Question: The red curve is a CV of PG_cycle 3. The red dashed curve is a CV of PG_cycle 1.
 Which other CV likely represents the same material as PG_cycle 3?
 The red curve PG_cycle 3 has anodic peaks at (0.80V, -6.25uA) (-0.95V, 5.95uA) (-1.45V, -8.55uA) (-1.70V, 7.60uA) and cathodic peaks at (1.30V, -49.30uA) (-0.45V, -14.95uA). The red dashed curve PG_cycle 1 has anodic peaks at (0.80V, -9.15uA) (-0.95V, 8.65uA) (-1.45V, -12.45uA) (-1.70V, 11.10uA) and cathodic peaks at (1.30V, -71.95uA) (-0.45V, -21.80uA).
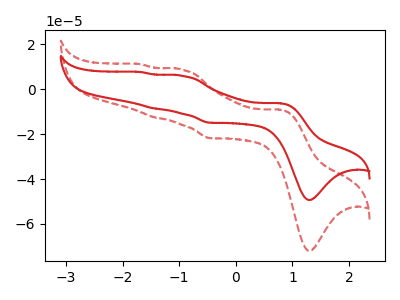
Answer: <think>All the peaks in "PG_cycle 3" have a peak in "PG_cycle 1" at the same potential.
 </think>
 <answer>The CV with the most similar shape to "PG_cycle 1" is "PG_cycle 3".</answer>
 <eval>"PG_cycle 3"</eval>